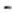
-